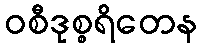
ဝစီဒုစ္စရိတေန